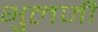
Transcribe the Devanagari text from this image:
भुलजी